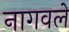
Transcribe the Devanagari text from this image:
नागवले